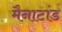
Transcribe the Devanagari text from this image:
मैनाटांड